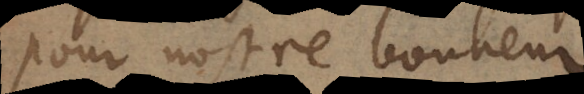
pour nostre bonheur.